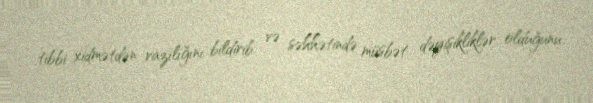
tibbi xidmətdən razılığını bildirib və səhhətində müsbət dəyişikliklər olduğunu